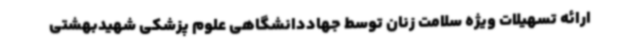
ارائه تسهیلات ویژه سلامت زنان توسط جهاددانشگاهی علوم پزشکی شهیدبهشتی